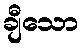
ချီသော